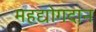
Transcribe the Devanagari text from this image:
महद्योगदान